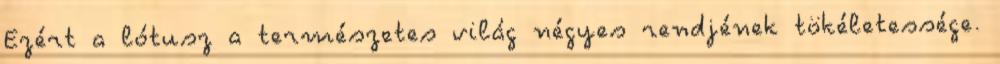
Ezért a lótusz a természetes világ négyes rendjének tökéletessége.